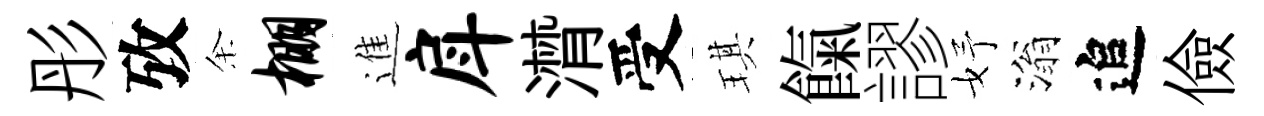
彤攷余棚進戽潸受琪餼謬妤滃追儉